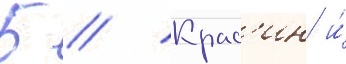
Б // Крас'ин и́